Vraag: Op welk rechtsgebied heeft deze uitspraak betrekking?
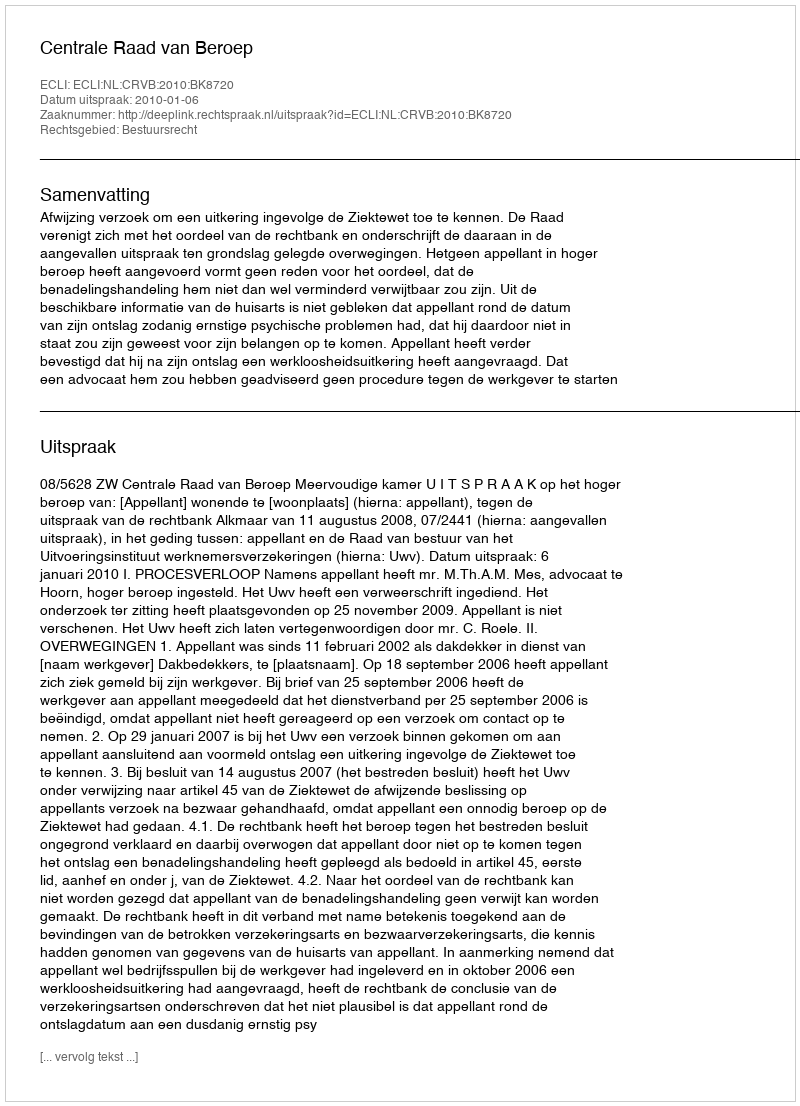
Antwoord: Bestuursrecht